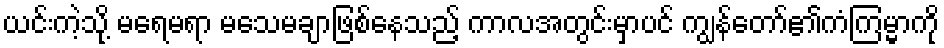
ယင်းကဲ့သို့ မရေမရာ မသေမချာဖြစ်နေသည့် ကာလအတွင်းမှာပင် ကျွန်တော်၏ကံကြမ္မာကို